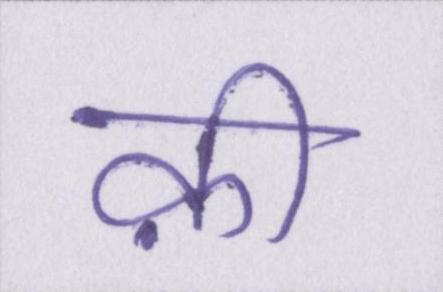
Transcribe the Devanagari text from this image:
क़ी